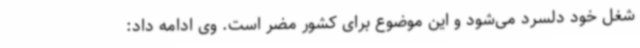
شغل خود دلسرد می‌شود و این موضوع برای کشور مضر است. وی ادامه ‌داد: